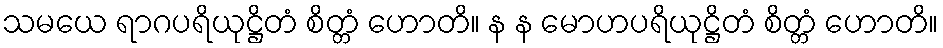
သမယေ ရာဂပရိယုဋ္ဌိတံ စိတ္တံ ဟောတိ။ န န မောဟပရိယုဋ္ဌိတံ စိတ္တံ ဟောတိ။